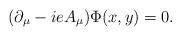
LaTeX: \begin{align*}(\partial_{\mu}-ieA_{\mu})\Phi(x,y)=0.\end{align*}